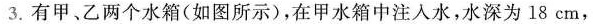
3.有甲、乙两个水箱(如图所示)，在甲水箱中注入水，水深为18cm，